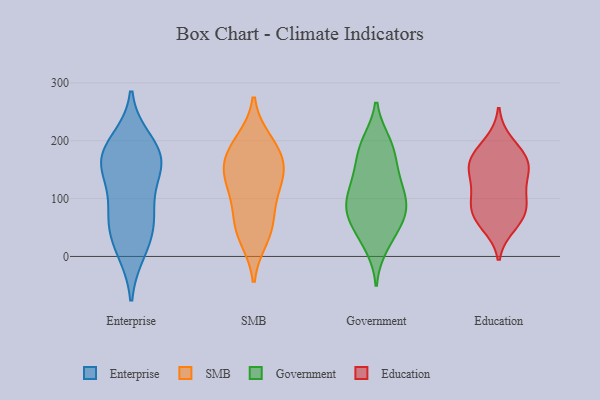
{"axis": {"x": "Budget (USD K)", "y": "Value"}, "legend": ["Education", "Enterprise", "Government", "SMB"], "data": [{"x": "", "y": 63, "type": "Enterprise"}, {"x": "", "y": 157, "type": "Enterprise"}, {"x": "", "y": 157, "type": "Enterprise"}, {"x": "", "y": 179, "type": "Enterprise"}, {"x": "", "y": 69, "type": "Enterprise"}, {"x": "", "y": 25, "type": "Enterprise"}, {"x": "", "y": 173, "type": "Enterprise"}, {"x": "", "y": 151, "type": "Enterprise"}, {"x": "", "y": 198, "type": "Enterprise"}, {"x": "", "y": 82, "type": "Enterprise"}, {"x": "", "y": 11, "type": "Enterprise"}, {"x": "", "y": 141, "type": "SMB"}, {"x": "", "y": 61, "type": "SMB"}, {"x": "", "y": 186, "type": "SMB"}, {"x": "", "y": 92, "type": "SMB"}, {"x": "", "y": 154, "type": "SMB"}, {"x": "", "y": 139, "type": "SMB"}, {"x": "", "y": 32, "type": "SMB"}, {"x": "", "y": 199, "type": "SMB"}, {"x": "", "y": 125, "type": "SMB"}, {"x": "", "y": 46, "type": "SMB"}, {"x": "", "y": 179, "type": "SMB"}, {"x": "", "y": 101, "type": "Government"}, {"x": "", "y": 97, "type": "Government"}, {"x": "", "y": 121, "type": "Government"}, {"x": "", "y": 155, "type": "Government"}, {"x": "", "y": 55, "type": "Government"}, {"x": "", "y": 85, "type": "Government"}, {"x": "", "y": 197, "type": "Government"}, {"x": "", "y": 68, "type": "Government"}, {"x": "", "y": 194, "type": "Government"}, {"x": "", "y": 18, "type": "Government"}, {"x": "", "y": 82, "type": "Government"}, {"x": "", "y": 151, "type": "Government"}, {"x": "", "y": 32, "type": "Government"}, {"x": "", "y": 189, "type": "Government"}, {"x": "", "y": 127, "type": "Government"}, {"x": "", "y": 69, "type": "Government"}, {"x": "", "y": 125, "type": "Education"}, {"x": "", "y": 160, "type": "Education"}, {"x": "", "y": 107, "type": "Education"}, {"x": "", "y": 197, "type": "Education"}, {"x": "", "y": 93, "type": "Education"}, {"x": "", "y": 177, "type": "Education"}, {"x": "", "y": 54, "type": "Education"}, {"x": "", "y": 158, "type": "Education"}, {"x": "", "y": 70, "type": "Education"}, {"x": "", "y": 85, "type": "Education"}, {"x": "", "y": 147, "type": "Education"}, {"x": "", "y": 66, "type": "Education"}, {"x": "", "y": 162, "type": "Education"}]}